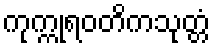
ကုက္ကုရဝတိကသုတ္တံ